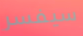
سيفسر